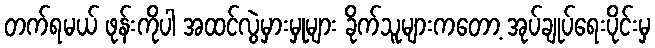
တက်ရမယ် ဖုန်းကိုပါ အထင်လွဲမှားမှုများ ခိုက်သူများကတော့ အုပ်ချုပ်ရေးပိုင်းမှ